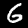
Label: 6